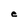
Character: e